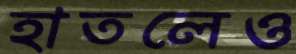
হাতলেও